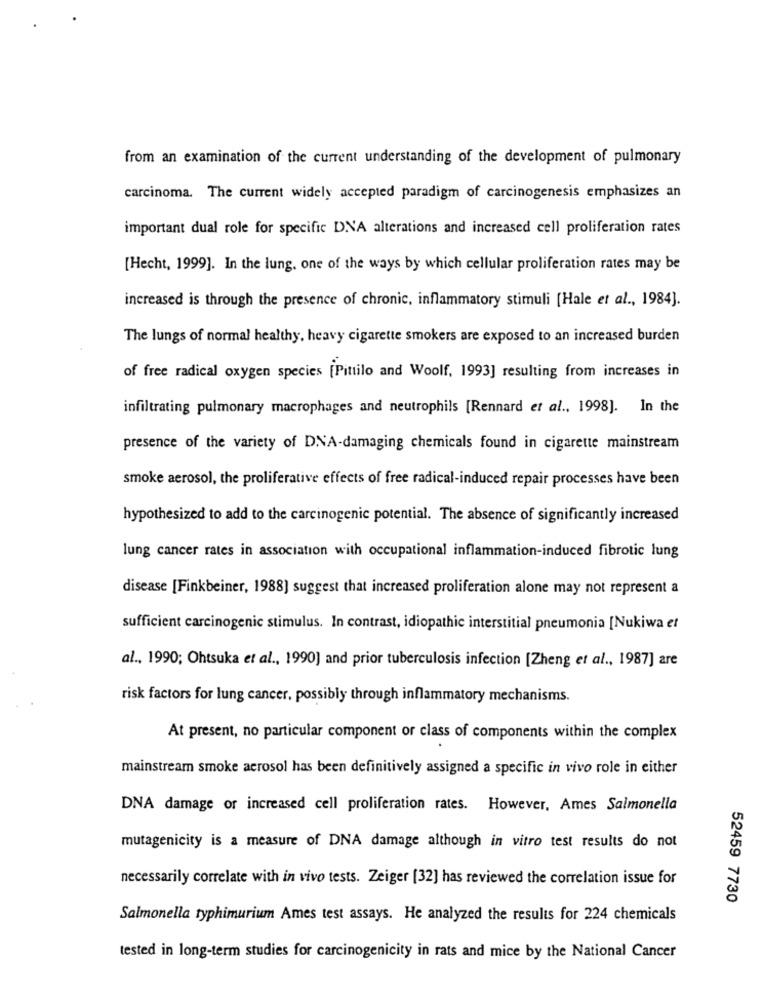
from an examination of the current understanding of the development of pulmonary
carcinoma. The current widely accepted paradigm of carcinogenesis emphasizes an
important dual role for specific DNA alterations and increased cell proliferation rates
[Hecht, 1999]. In the lung. one of the ways by which cellular proliferation rates may be
increased is through the presence of chronic, inflammatory stimuli [Hale et al ., 1984].
The lungs of normal healthy, heavy cigarette smokers are exposed to an increased burden
of free radical oxygen species [Pittilo and Woolf, 1993] resulting from increases in
infiltrating pulmonary macrophages and neutrophils [Rennard et al ., 1998]. In the
presence of the variety of DNA-damaging chemicals found in cigarette mainstream
smoke aerosol, the proliferative effects of free radical-induced repair processes have been
hypothesized to add to the carcinogenic potential. The absence of significantly increased
lung cancer rates in association with occupational inflammation-induced fibrotic lung
disease [Finkbeiner, 1988] suggest that increased proliferation alone may not represent a
sufficient carcinogenic stimulus. In contrast, idiopathic interstitial pneumonia [Nukiwa et
al ., 1990; Ohtsuka et al ., 1990] and prior tuberculosis infection [Zheng et al ., 1987] are
risk factors for lung cancer, possibly through inflammatory mechanisms.
At present, no particular component or class of components within the complex
mainstream smoke aerosol has been definitively assigned a specific in vivo role in either
DNA damage or increased cell proliferation rates. However, Ames Salmonella
mutagenicity is a measure of DNA damage although in vitro test results do not
necessarily correlate with in vivo tests. Zeiger [32] has reviewed the correlation issue for
52459 7730
Salmonella typhimurium Ames test assays. He analyzed the results for 224 chemicals
tested in long-term studies for carcinogenicity in rats and mice by the National Cancer